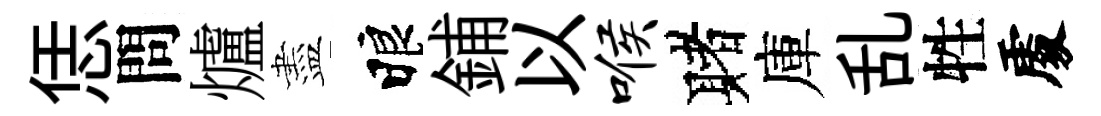
恁問爐盡睱鋪以喉赌庫乱牲𠁅